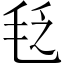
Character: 𣭛